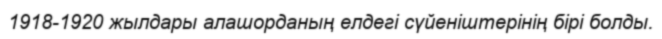
1918-1920 жылдары алашорданың елдегі сүйеніштерінің бірі болды.